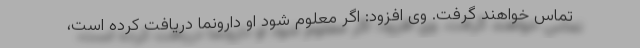
تماس خواهند گرفت. وی افزود: اگر معلوم شود او دارونما دریافت کرده است،